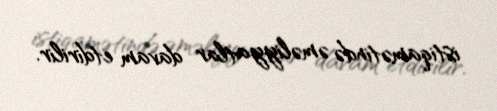
istiqamətində əməliyyatlar davam etdirilir.